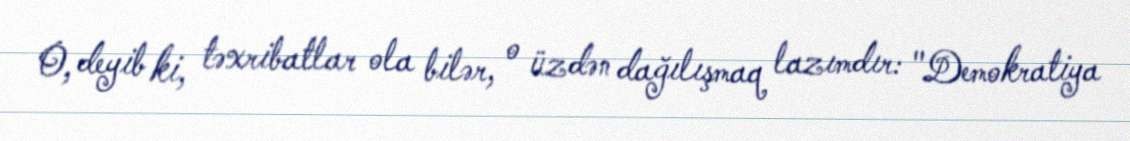
O, deyib ki, təxribatlar ola bilər, o üzdən dağılışmaq lazımdır: "Demokratiya